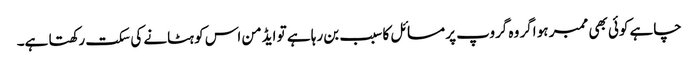
چاہے کوئی بھی ممبر ہو اگر وہ گروپ پر مسائل کا سبب بن رہا ہے تو ایڈمن اس کو ہٹانے کی سکت رکھتا ہے۔